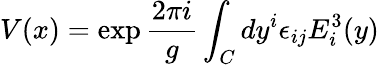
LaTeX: V(x)=\exp{\frac{2\pi i}{g}}\int_{C}dy^{i}\epsilon_{ij}E_{i}^{3}(y)